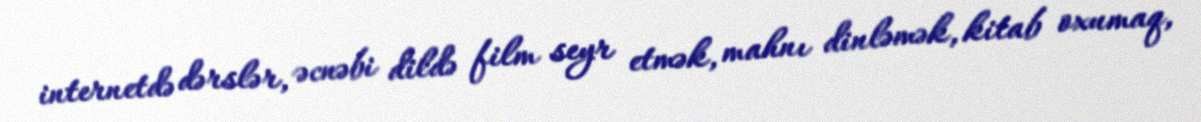
internetdə dərslər, əcnəbi dildə film seyr etmək, mahnı dinləmək, kitab oxumaq,